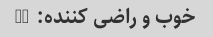
خوب و راضی کننده: -)